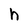
Character: h